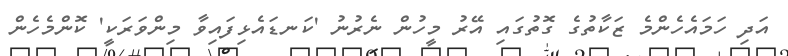
އަދި ހަމައެހެންމެ ޒަކާތުގެ ގޮތުގައި އޭރު މީހުން ނެރުނު 'ކަނޑައެޅިފައިވާ މިންވަރަކީ' ކޮންމެހެން